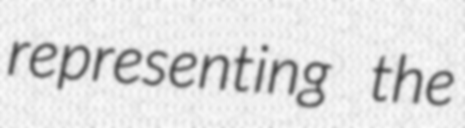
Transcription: representing the